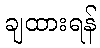
ချထားရန်